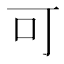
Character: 可